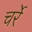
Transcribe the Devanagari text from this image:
चर्रे